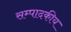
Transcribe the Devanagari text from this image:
सम्‍पादकीय